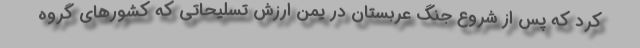
کرد که پس از شروع جنگ عربستان در یمن ارزش تسلیحاتی که کشورهای گروه